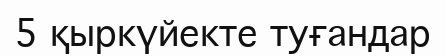
5 қыркүйекте туғандар